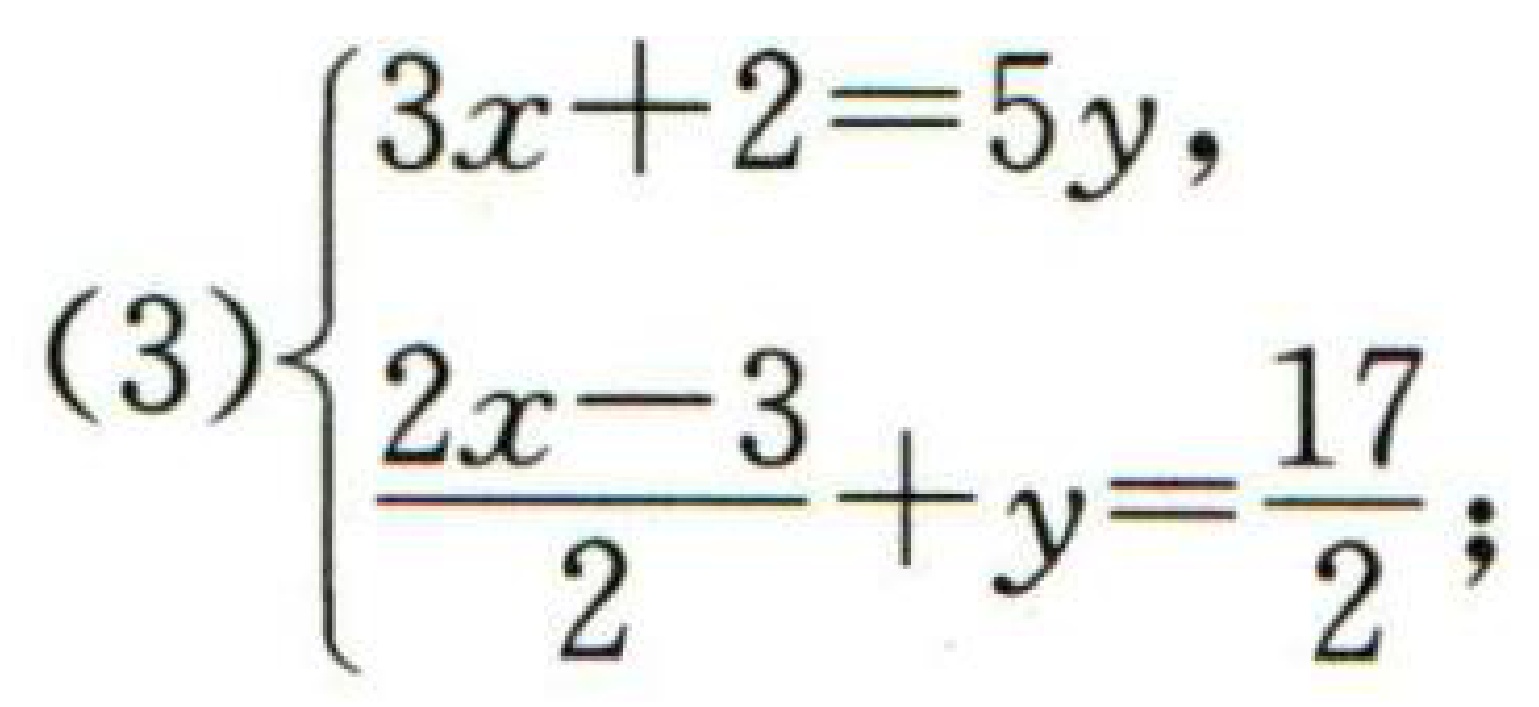
\((3)\begin{cases}3x + 2 = 5y,\\\frac{2x - 3}{2}+y=\frac{17}{2};\end{cases}\)